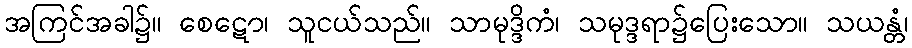
အကြင်အခါ၌။ စေဋော၊ သူငယ်သည်။ သာမုဒ္ဒိကံ၊ သမုဒ္ဒရာ၌ပြေးသော။ သယန္တံ၊